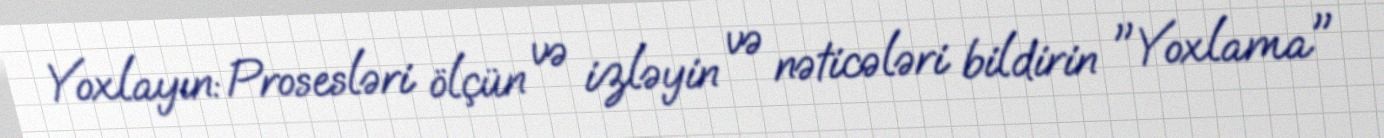
Yoxlayın: Prosesləri ölçün və izləyin və nəticələri bildirin "Yoxlama"